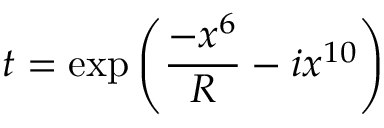
t = \exp { \left( \frac { - x ^ { 6 } } { R } - i x ^ { 1 0 } \right) }